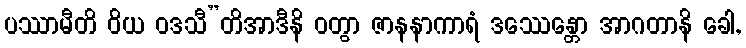
ပဿာမီတိ ဝိယ ဝဒသီ”တိအာဒီနိ ဝတွာ ဇာနနာကာရံ ဒဿေန္တော အာဂတာနိ ခေါ,